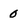
Character: 0